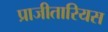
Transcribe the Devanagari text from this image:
प्राजीतारियस